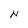
Character: N